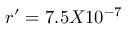
r ^ { \prime } = 7 . 5 X 1 0 ^ { - 7 }